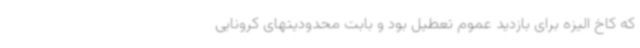
که کاخ الیزه برای بازدید عموم تعطیل بود و بابت محدودیتهای کرونایی